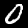
Digit: 0